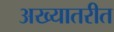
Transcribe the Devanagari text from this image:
अख्यातरीत